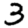
Digit: 3